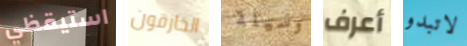
استيقظي الخارقون وسيلة أعرف لاتبدو